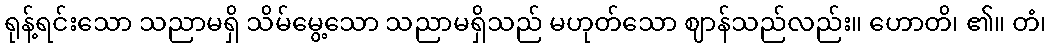
ရုန့်ရင်းသော သညာမရှိ သိမ်မွေ့သော သညာမရှိသည် မဟုတ်သော ဈာန်သည်လည်း။ ဟောတိ၊ ၏။ တံ၊